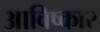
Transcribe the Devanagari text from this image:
आविष्‍कार